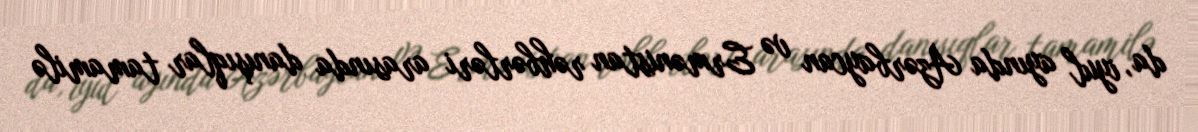
da, iyul ayında Azərbaycan və Ermənistan rəhbərləri arasında danışıqlar tamamilə